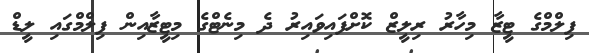
ފިލްމްގެ ޓީޒާ މިހާރު ރިލީޒް ކޮށްފައިވައިރު ދެ މިނެޓްގެ މިޓީޒާއިން ފިލްމްގައި ލީޑް